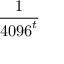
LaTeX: \frac { 1 } { { 4 0 9 6 } ^ { t } }